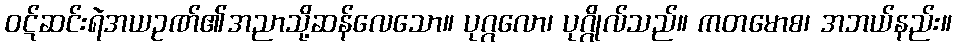
ဝဋ်ဆင်းရဲအယဥဏ်၏အညာသို့ဆန်လေသော။ ပုဂ္ဂလော၊ ပုဂ္ဂိုလ်သည်။ ကတမောစ၊ အဘယ်နည်း။